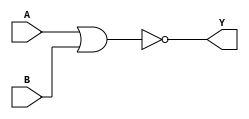
`timescale 1ns / 1ps
//////////////////////////////////////////////////////////////////////////////////
// Company: 
// Engineer: 
// 
// Design Name: 
// Module Name: NORGATE
// Project Name: 
// Target Devices: 
// Tool Versions: 
// Description: 
// 
// Dependencies: 
// 
// Revision:
// Revision 0.01 - File Created
// Additional Comments:
// 
//////////////////////////////////////////////////////////////////////////////////


module NORGATE(A, B, Y);
     input A,B;
     output Y;
     assign Y = ~(A | B);
endmodule